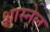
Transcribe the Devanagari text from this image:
शास्नेल